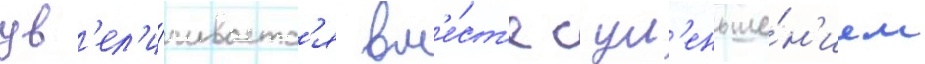
ув'ел'и́чиваетс'я вм'е́ст'е с ум'еньше́н'ием